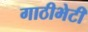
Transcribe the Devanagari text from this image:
गाठीभेटी